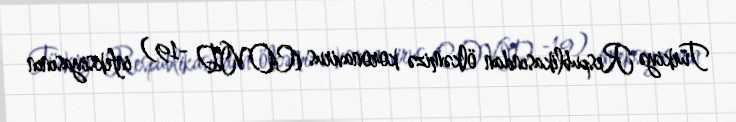
Türkiyə Respublikasından ölkəmizə koronavirus (COVID -19) infeksiyasının